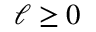
\ell \geq 0